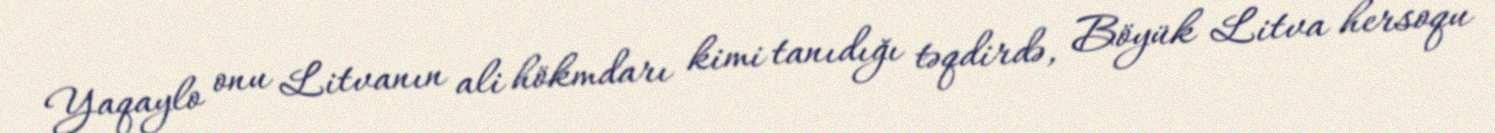
Yaqaylo onu Litvanın ali hökmdarı kimi tanıdığı təqdirdə, Böyük Litva hersoqu